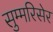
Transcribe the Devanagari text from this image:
सुम्मरिसेर